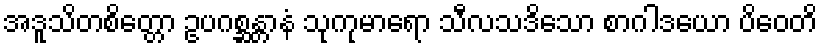
အဒူသိတစိတ္တော ဥပဂစ္ဆန္တာနံ သုကုမာရော သီလသဒိသော စာဂါဒယော ပိဝေတိ